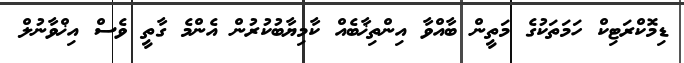
ޑިމޮކްރަޓިކް ހަމަތަކުގެ މަތީން ބާއްވާ އިންތިޚާބެއް ކާމިޔާބުކުރުން އެންމެ ގާތީ ވެސް އިޚްވާނުލް